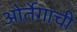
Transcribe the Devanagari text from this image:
ओर्तेगाची